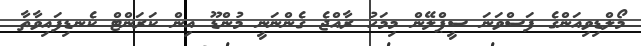
މޯލްޑިވިއަންގެ ފަސްވަނަ ސީޕްލޭން މިމަހު ރާއްޖެ ގެންނަނީ މުންޑޫ އިން ކަރަންޓް ކެނޑިފައިވާތާ